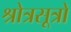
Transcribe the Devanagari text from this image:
श्रोत्रसूत्रों